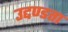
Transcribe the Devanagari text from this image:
उद्दण्डता